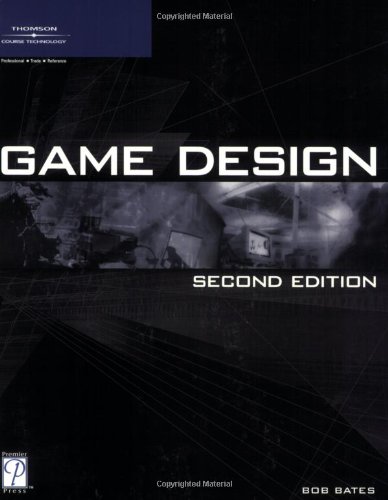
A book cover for Game Design; Bob Bates; Computers & Technology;